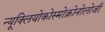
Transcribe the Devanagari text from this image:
न्यूक्लियोकोस्मोक्रोनोलोजी